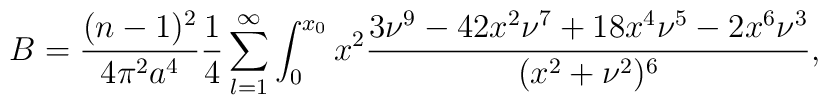
B= \frac{(n-1)^2}{4 \pi^2 a^4}\frac{1}{4}\sum_{l=1}^{\infty}\int_0^{x_0}x^2\frac{3\nu^9-42x^2\nu^7+18x^4\nu^5-2x^6\nu^3}{(x^2+\nu^2)^6},